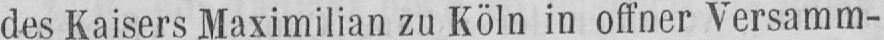
des Kaisers Maximilian zu Köln in offner Versamm-